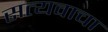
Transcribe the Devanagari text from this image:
सत्यवाचा